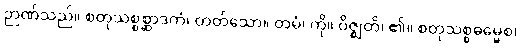
ဉာဏ်သည်။ စတုသစ္စစ္ဆာဒကံ၊ တတ်သော။ တမံ၊ ကို။ ဝိဇ္ဈတိ၊ ၏။ စတုသစ္စဓမ္မေစ၊